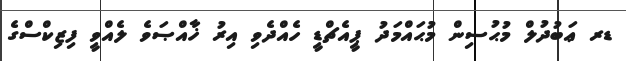
ޑރ ޢަބުދުލް މުޙުސިން މުޙައްމަދު ޕީއެޗްޑީ ހެއްދެވި އިރު ޚާއްޞަވެ ލެއްވީ ފިޒިކްސްގެ